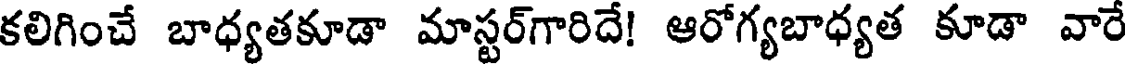
కలిగించే బాధ్యతకూడా మాస్టర్గారిదే! ఆరోగ్యబాధ్యత కూడా వారే